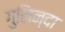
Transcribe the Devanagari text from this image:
गुलिन्दा